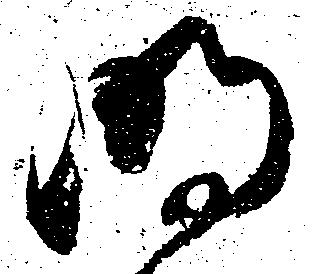
明